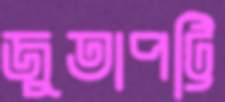
জুতাপট্টি